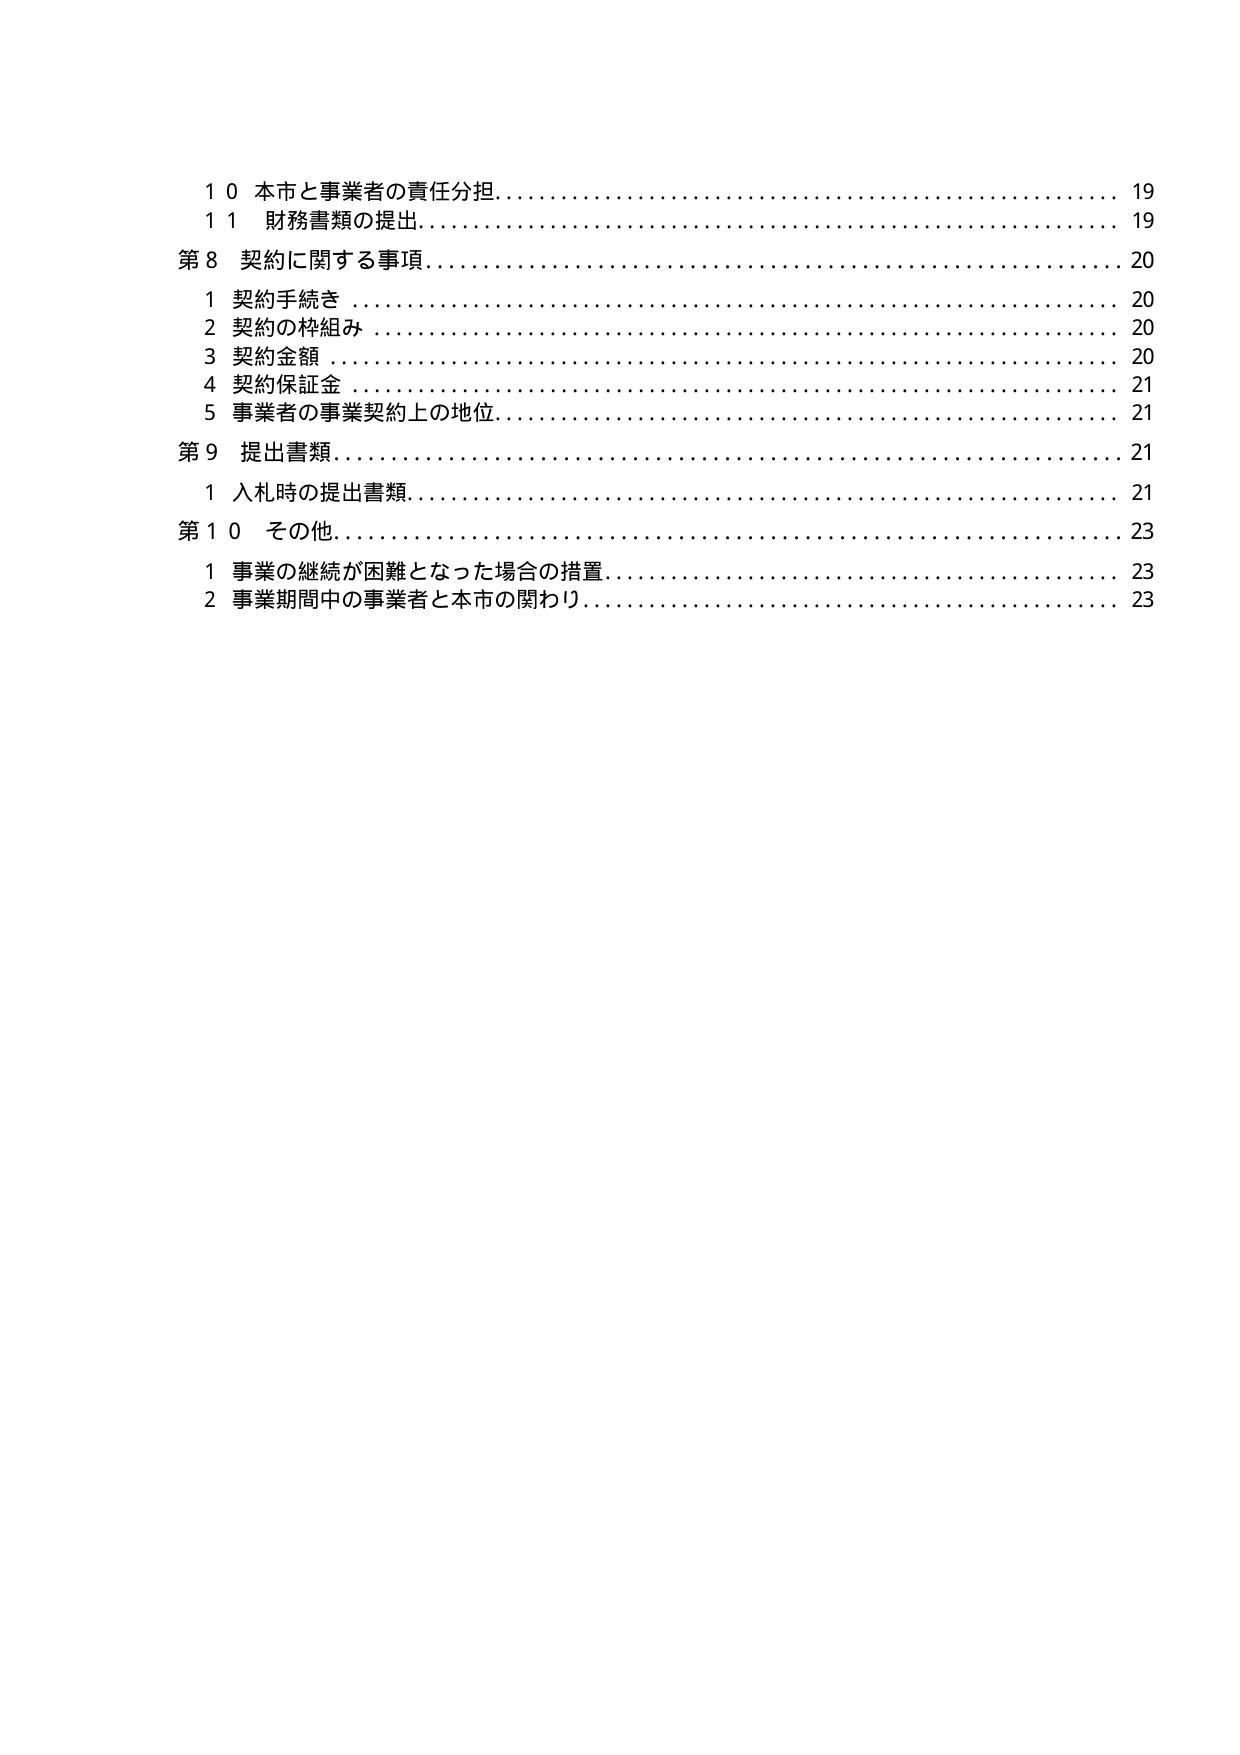
10 本市と事業者の責任分担………………………………………………… 19
11 財務書類の提出…………………………………………………………… 19
第8 契約に関する事項……………………………………………………… 20
　1 契約手続き ……………………………………………………………… 20
　2 契約の枠組み …………………………………………………………… 20
　3 契約金額 ………………………………………………………………… 20
　4 契約保証金 ……………………………………………………………… 21
　5 事業者の事業契約上の地位…………………………………………… 21
第9 提出書類………………………………………………………………… 21
　1 入札時の提出書類……………………………………………………… 21
第10 その他…………………………………………………………………… 23
　1 事業の継続が困難となった場合の措置……………………………… 23
　2 事業期間中の事業者と本市の関わり………………………………… 23